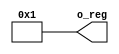
module R_1(output [31:0] o_reg);

assign o_reg=32'd1;

endmodule